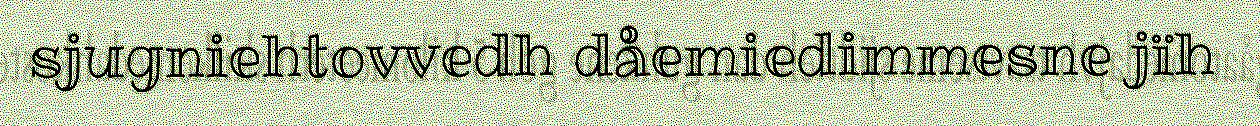
sjugniehtovvedh dåemiedimmesne jïh